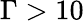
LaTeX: \Gamma>10